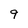
Character: 9